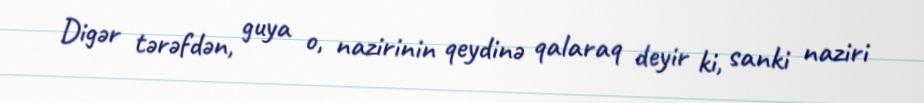
Digər tərəfdən, guya o, nazirinin qeydinə qalaraq deyir ki, sanki naziri